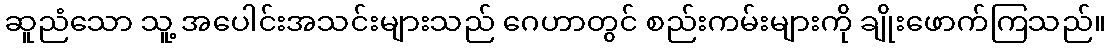
ဆူညံသော သူ့ အပေါင်းအသင်းများသည် ဂေဟာတွင် စည်းကမ်းများကို ချိုးဖောက်ကြသည်။